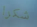
شكرا